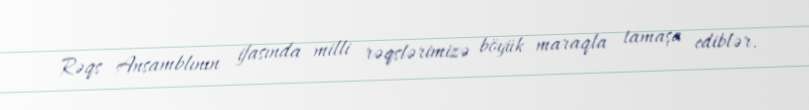
Rəqs Ansamblının ifasında milli rəqslərimizə böyük maraqla tamaşa ediblər.